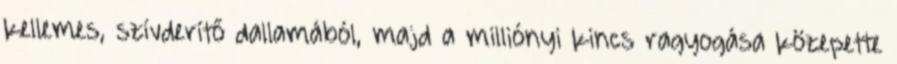
kellemes, szívderítő dallamából, majd a milliónyi kincs ragyogása közepette